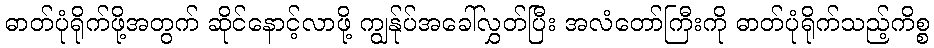
ဓာတ်ပုံရိုက်ဖို့အတွက် ဆိုင်နောင့်လာဖို့ ကျွန်ုပ်အခေါ်လွှတ်ပြီး အလံတော်ကြီးကို ဓာတ်ပုံရိုက်သည့်ကိစ္စ